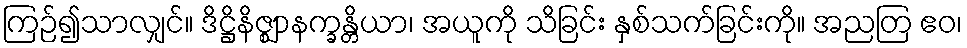
ကြဉ်၍သာလျှင်။ ဒိဋ္ဌိနိဇ္ဈာနက္ခန္တိယာ၊ အယူကို သိခြင်း နှစ်သက်ခြင်းကို။ အညတြ ဧဝ၊